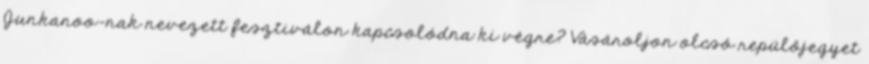
Junkanoo-nak nevezett fesztiválon kapcsolódna ki végre? Vásároljon olcsó repülőjegyet